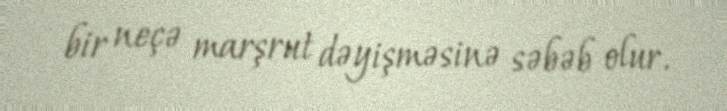
bir neçə marşrut dəyişməsinə səbəb olur.